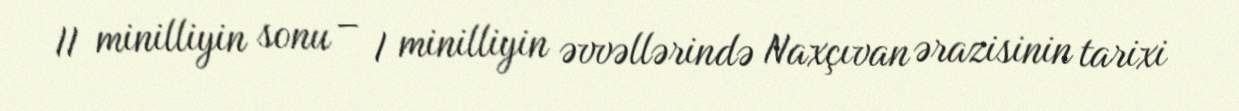
II minilliyin sonu – I minilliyin əvvəllərində Naxçıvan ərazisinin tarixi